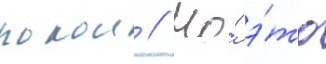
покои // Но́ э́то